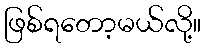
ဖြစ်ရတော့မယ်လို့။